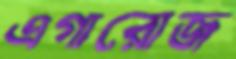
এগারোজ